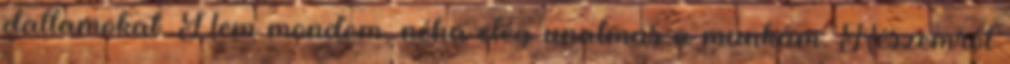
dallamokat. Nem mondom, néha elég unalmas a munkám. Részemről